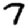
Digit: 7